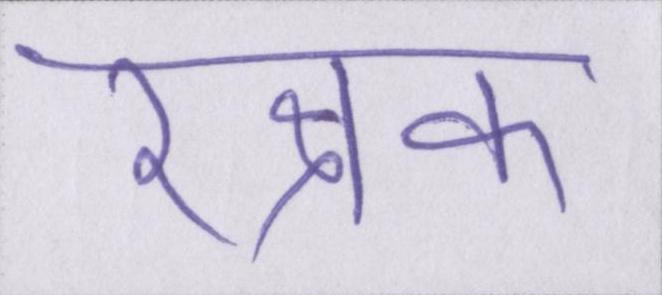
रक्षक